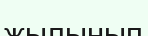
жылынып